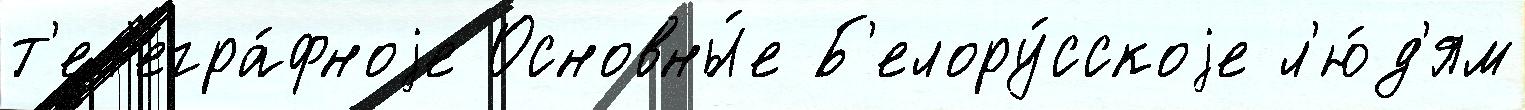
т'ел'егра́фноjе Основны́е Б'елору́сскоjе л'ю́д'ям